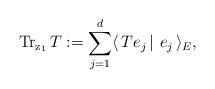
LaTeX: \begin{align*} \mathrm{Tr_{z_1}\,}T:=\sum^d_{j=1}\langle\,Te_j\,|\,\,e_j\,\rangle_{E},\end{align*}